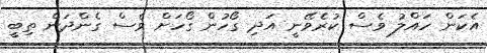
އެކަން ހައްލު ވެސް ކުރެވޭނީ އަދި ގޯހުން ގޯހަށް ވެސް ގެންދަން ތިބީ